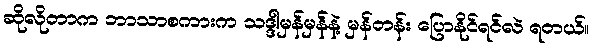
ဆိုလိုတာက ဘာသာစကားက သဒ္ဒါမှန်မှန်နဲ့ မှန်တန်း ပြောနိုင်ရင်လဲ ရတယ်။